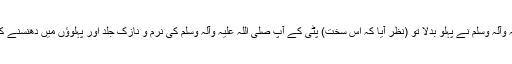
آپ صلی اللہ علیہ وآلہ وسلم نے پہلو بدلا تو (نظر آیا کہ اس سخت) پٹّی کے آپ صلی اللہ علیہ وآلہ وسلم کی نرم و نازک جلد اور پہلوؤں میں دھنسنے کے نشانات تھے۔